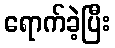
ရောက်ခဲ့ပြီး